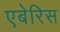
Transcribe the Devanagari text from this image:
एबेरिस